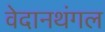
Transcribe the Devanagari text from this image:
वेदानथंगल